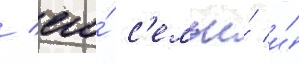
/ его́ с'емьи́ и́